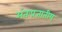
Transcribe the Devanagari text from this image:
अंतःप्रजातीय